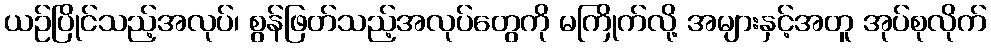
ယဉ်ပြိုင်သည့်အလုပ်၊ စွန်ဖြတ်သည့်အလုပ်တွေကို မကြိုက်လို့ အများနှင့်အတူ အုပ်စုလိုက်